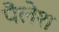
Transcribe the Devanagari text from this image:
पैलेश